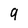
Character: 9